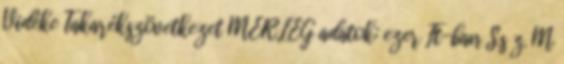
Vidéke Takarékszövetkezet MÉRLEG adatok: ezer Ft-ban S.s z. M